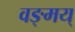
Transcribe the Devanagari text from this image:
वङ्मय्